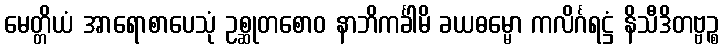
မေတ္တိယံ အာရောစာပေသုံ ဥစ္ဆုတစောဝ နာဘိကင်္ခါမိ ခယဓမ္မော ကလိင်္ဂရဋ္ဌံ နိသီဒိတဗ္ဗဉ္စ